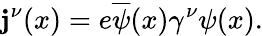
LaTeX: \mathbf{j}^{\nu}(x)=e\overline{{{{\psi}}}}(x)\gamma^{\nu}\psi(x).